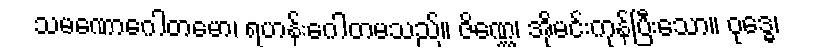
သမဏောဂေါတမော၊ ရဟန်းဂေါတမသည်။ ဇိဏ္ဏေ၊ အိုမင်းကုန်ပြီးသော။ ဝုဒ္ဓေ၊